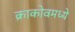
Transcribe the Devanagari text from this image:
क्राकोवमध्ये